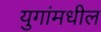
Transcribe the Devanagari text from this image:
युगांमधील